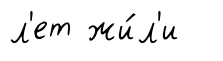
л'ет жи́л'и